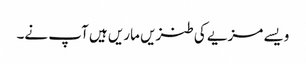
ویسے مزیے کی طنزیں ماریں ہیں آپ نے۔